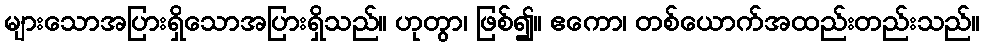
များသောအပြားရှိသောအပြားရှိသည်။ ဟုတွာ၊ ဖြစ်၍။ ဧကော၊ တစ်ယောက်အထည်းတည်းသည်။